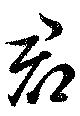
君